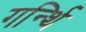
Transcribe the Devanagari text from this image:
गर्न्थि